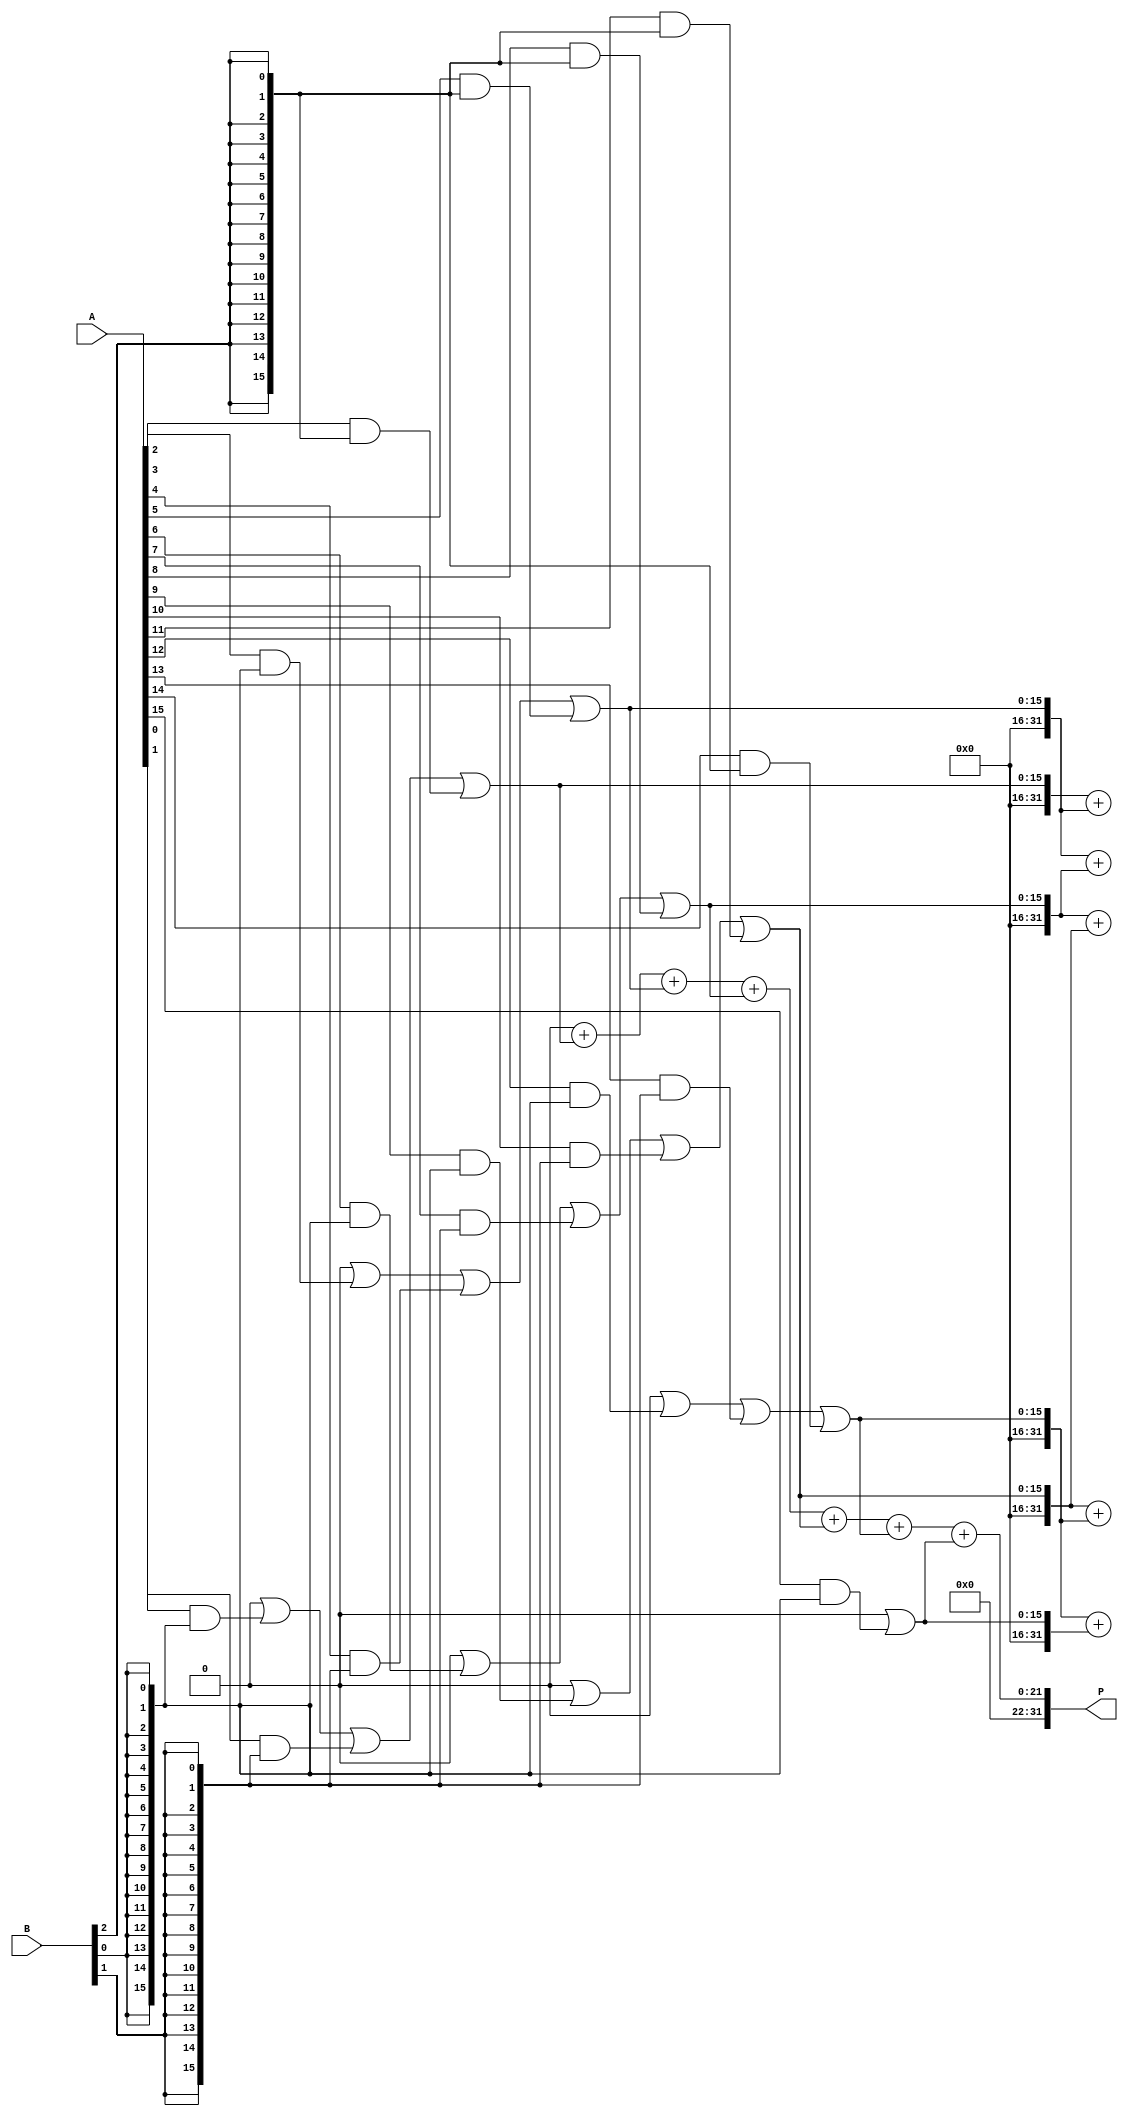
module HigherRadixWallaceTreeMultiplier #(parameter N = 16) (
    input [N-1:0] A,
    input [N-1:0] B,
    output reg [2*N-1:0] P
);

    // Number of groups based on radix
    localparam RADIX = 8;
    localparam GROUP_SIZE = $clog2(RADIX);
    localparam NUM_GROUPS = (N + GROUP_SIZE - 1) / GROUP_SIZE;

    // Partial product array
    reg [N-1:0] partial_products[0:NUM_GROUPS-1];

    // Generate partial products
    integer i, j;
    always @(*) begin
        for (i = 0; i < NUM_GROUPS; i = i + 1) begin
            partial_products[i] = 0;
            for (j = 0; j < GROUP_SIZE; j = j + 1) begin
                if (i * GROUP_SIZE + j < N) begin
                    partial_products[i] = partial_products[i] | (A[j + (i * GROUP_SIZE)] & {N{B[j]}});
                end
            end
        end
    end

    // Wallace tree reduction
    wire [2*N-1:0] sum[0:NUM_GROUPS-1];
    wire [NUM_GROUPS-1:0] carry;

    // Initial stage of reduction
    always @(*) begin
        for (i = 0; i < NUM_GROUPS; i = i + 1) begin
            sum[i] = {1'b0, partial_products[i]};
        end
    end

    // Reduction using half-adders and full-adders
    generate
        genvar k;
        for (k = 0; k < NUM_GROUPS - 1; k = k + 1) begin : reduction_stage
            wire [2*N-1:0] a, b;
            assign a = sum[k];
            assign b = sum[k + 1];
            assign {carry[k], sum[k + 1]} = a + b; // Simple addition for reduction
        end
    endgenerate

    // Final addition stage
    always @(*) begin
        P = 0;
        for (i = 0; i < NUM_GROUPS; i = i + 1) begin
            P = P + sum[i];
        end
    end

endmodule